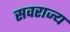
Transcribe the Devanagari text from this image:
सवराज्य